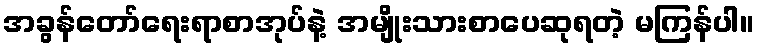
အခွန်တော်ရေးရာစာအုပ်နဲ့ အမျိုးသားစာပေဆုရတဲ့ မကြန်ပါ။